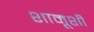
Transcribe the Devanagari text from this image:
शामूशी